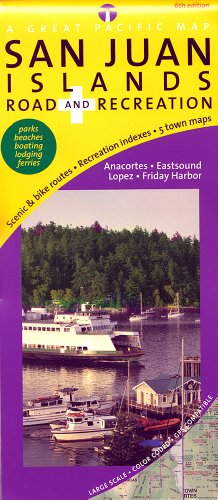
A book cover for San Juan Islands Road & Recreation, 6th Edition; David J.R. Peckarsky; Travel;